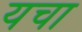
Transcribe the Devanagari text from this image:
यचा